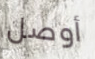
أوصل